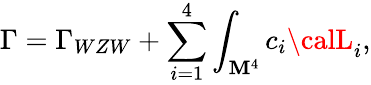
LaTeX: \Gamma=\Gamma_{WZW}+\sum_{i=1}^{4}\int_{\mathbf{M}^{4}}c_{i}{\calL}_{i},